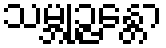
သမ္ဘုဉ္ဇန္တော